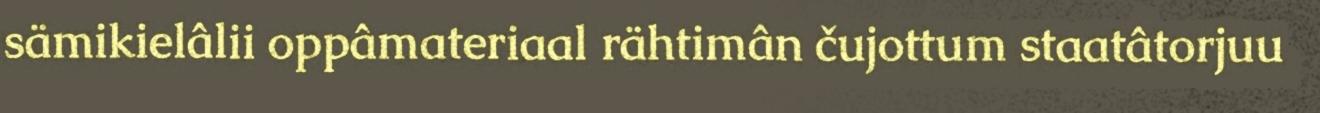
sämikielâlii oppâmateriaal rähtimân čujottum staatâtorjuu